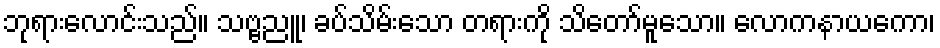
ဘုရားလောင်းသည်။ သဗ္ဗညူ၊ ခပ်သိမ်းသော တရားကို သိတော်မူသော။ လောကနာယကော၊